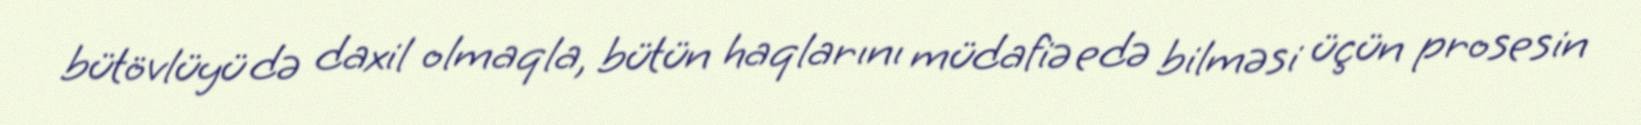
bütövlüyü də daxil olmaqla, bütün haqlarını müdafiə edə bilməsi üçün prosesin